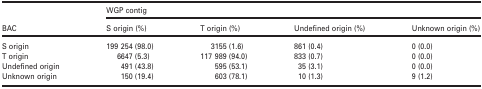
|  | <COLSPAN=4> WGP contig |
 | BAC | S origin (%) | T origin (%) | Undefined origin (%) | Unknown origin (%) |
 | --- | --- | --- | --- | --- |
 | S origin | 199 254 (98.0) | 3155 (1.6) | 861 (0.4) | 0 (0.0) |
 | T origin | 6647 (5.3) | 117 989 (94.0) | 833 (0.7) | 0 (0.0) |
 | Undefined origin | 491 (43.8) | 595 (53.1) | 35 (3.1) | 0 (0.0) |
 | Unknown origin | 150 (19.4) | 603 (78.1) | 10 (1.3) | 9 (1.2) |